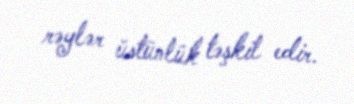
rəylər üstünlük təşkil edir.